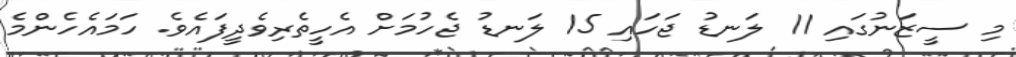
މި ސީޒަނުގައި 11 ލަނޑު ޖަހައި 15 ލަނޑު ޖެހުމަށް އެހީތެރިވެދީފައެވެ. ހަމައެހެންމެ